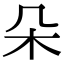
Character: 朵